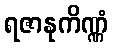
ရဇာနုကိဏ္ဏံ